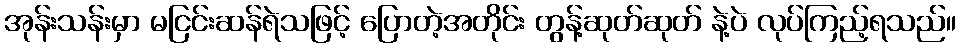
အုန်းသန်းမှာ မငြင်းဆန်ရဲသဖြင့် ပြောတဲ့အတိုင်း တွန့်ဆုတ်ဆုတ် နဲ့ပဲ လုပ်ကြည့်ရသည်။